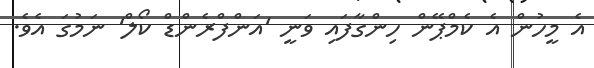
އެ މީހުން އެ ކެމްޕޭން ހިންގާފައި ވަނީ 'އަންފްރެންޑް ކޯލް' ނަމުގަ އެވެ.